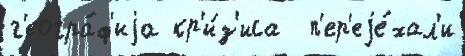
г'еогра́ф'иjа кр'и́з'иса  п'ер'еjе́хал'и